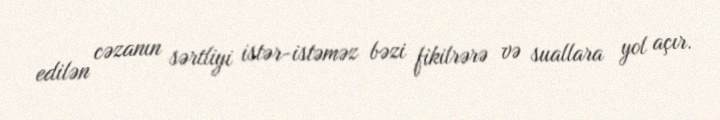
edilən cəzanın sərtliyi istər-istəməz bəzi fikilrərə və suallara yol açır.